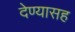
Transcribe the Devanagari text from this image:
देण्‍यासह